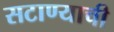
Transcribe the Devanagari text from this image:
सटाण्याची